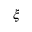
\xi